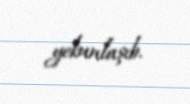
yekunlaşıb.